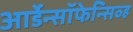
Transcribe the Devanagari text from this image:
आर्डेन्सॉफेन्सिव्ह